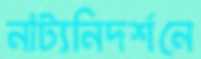
নাট্যনিদর্শনে